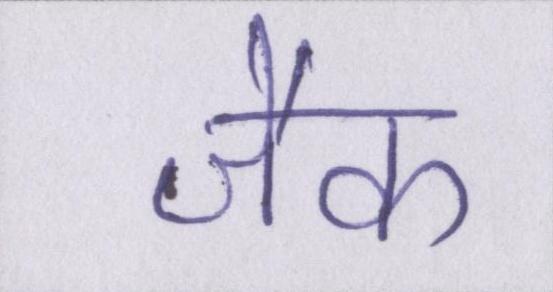
जैक